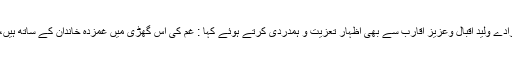
شیعہ علماء کونسل پاکستان کے سربراہ نے مرحوم جسٹس جاوید اقبال کے صاحبزادے ولید اقبال وعزیز اقارب سے بھی اظہار تعزیت و ہمدردی کرتے ہوئے کہا : غم کی اس گھڑی میں غمزدہ خاندان کے ساتھ ہیں،اور اللہ تعالیٰ مرحوم کی بلندی درجات اور لواحقین کو صبر و جمیل عطا فرمائے۔